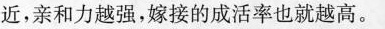
近，亲和力越强，嫁接的成活率也就越高。